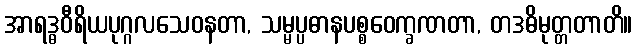
အာရဒ္ဓဝီရိယပုဂ္ဂလသေဝနတာ, သမ္မပ္ပဓာနပစ္စဝေက္ခဏတာ, တဒဓိမုတ္တတာတိ။